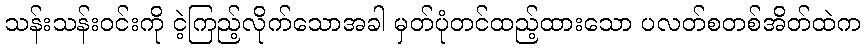
သန်းသန်းဝင်းကို ငဲ့ကြည့်လိုက်သောအခါ မှတ်ပုံတင်ထည့်ထားသော ပလတ်စတစ်အိတ်ထဲက